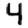
Digit: 4